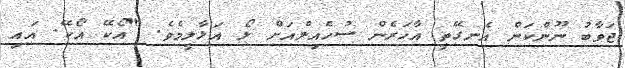
ޖަވާބު ނޫންކަން އެނގޭތީ އާހަރެން ސުހެއިލްއަށް ލޯ އަޅާލީމެވެ. "އޯކޭ އޯކޭ. އައި